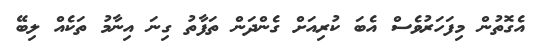
އެގޮތުން މިފަހަރުވެސް އެބަ ކުރިއަށް ގެންދަން ތަފާތު ގިނަ އިނާމު ތަކެއް ލިބޭ